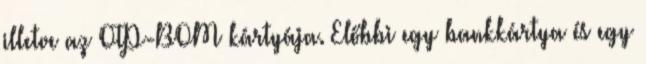
illetve az OTP-BOM kártyája. Előbbi egy bankkártya és egy